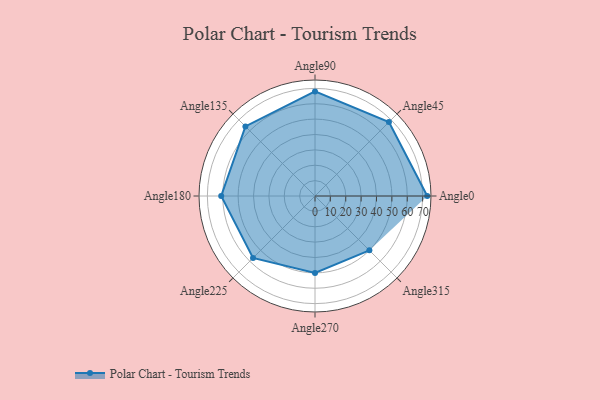
{"axis": {"x": "Angle", "y": "Radius"}, "legend": [""], "data": [{"x": "Angle0", "y": 73.0, "type": ""}, {"x": "Angle45", "y": 68.0, "type": ""}, {"x": "Angle90", "y": 68.0, "type": ""}, {"x": "Angle135", "y": 64.0, "type": ""}, {"x": "Angle180", "y": 61.0, "type": ""}, {"x": "Angle225", "y": 57.0, "type": ""}, {"x": "Angle270", "y": 50.0, "type": ""}, {"x": "Angle315", "y": 50, "type": ""}]}